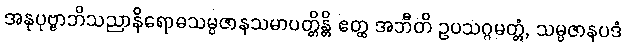
အနုပုဗ္ဗာဘိသညာနိရောဓသမ္ပဇာနသမာပတ္တိန္တိ ဧတ္ထ အဘီတိ ဥပသဂ္ဂမတ္တံ, သမ္ပဇာနပဒံ